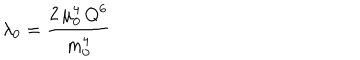
LaTeX: \lambda _ { 0 } = \frac { 2 \, \mu _ { 0 } ^ { 4 } \, Q ^ { 6 } } { m _ { 0 } ^ { 4 } }